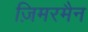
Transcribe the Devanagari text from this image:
ज़िमरमैन